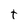
Character: t